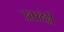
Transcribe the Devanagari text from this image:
उत्तरदेही